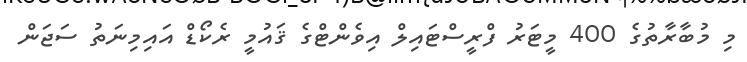
މި މުބާރާތުގެ 400 މީޓަރު ފްރީސްޓައިލް އިވެންޓްގެ ޤައުމީ ރެކޯޑް އައިމިނަތު ސަޖަން